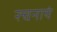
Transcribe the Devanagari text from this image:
रचनायं